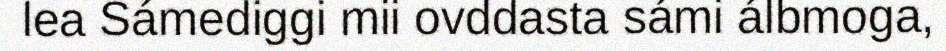
lea Sámediggi mii ovddasta sámi álbmoga,